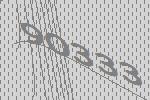
90333